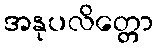
အနုပလိတ္တော